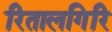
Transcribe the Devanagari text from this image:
रितालगिरि